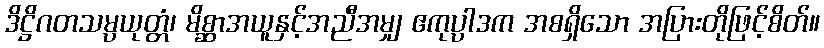
ဒိဋ္ဌိဂတသမ္ပယုတ္တံ၊ မိစ္ဆာအယူနှင့်အညီအမျှ ဧကုပ္ပါဒက အစရှိသော အပြားတိုဖြင့်စိတ်။